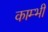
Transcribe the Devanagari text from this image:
काम्भी